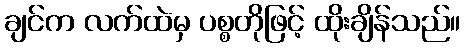
ချင်က လက်ထဲမှ ပစ္စတိုဖြင့် ထိုးချိန်သည်။